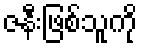
ဇနီးဖြစ်သူကို